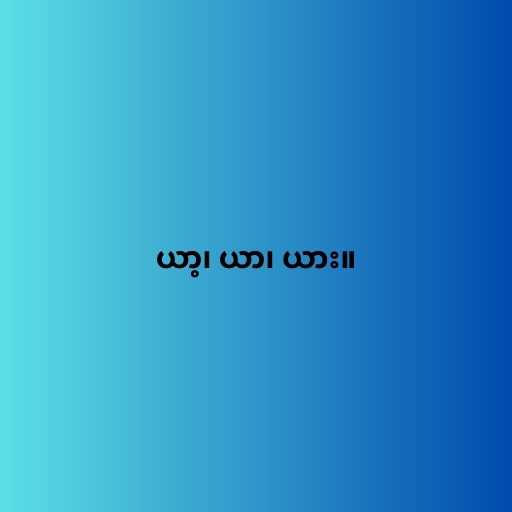
ယာ့၊ ယာ၊ ယား။